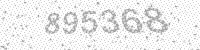
Solution: 895368